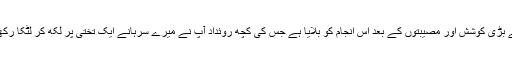
میں نے بڑی کوشش اور مصیبتوں کے بعد اس انجام کو بُلایا ہے جس کی کچھ روئداد آپ نے میرے سرہانے ایک تختی پر لکھ کر لٹکا رکھی ہے۔